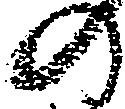
の